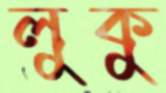
লুকু